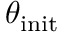
\theta _ { \mathrm { i n i t } }